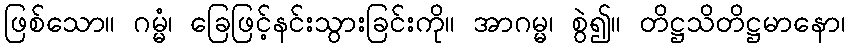
ဖြစ်သော။ ဂမ္မံ၊ ခြေဖြင့်နင်းသွားခြင်းကို။ အာဂမ္မ၊ စွဲ၍။ တိဋ္ဌသိတိဋ္ဌမာနော၊